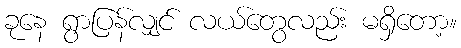
ခုနေ ရွာပြန်လျှင် လယ်တွေလည်း မရှိတော့။